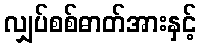
လျှပ်စစ်ဓာတ်အားနှင့်